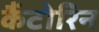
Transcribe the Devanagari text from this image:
कैंटोरिन